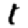
Digit: 1